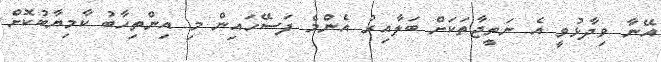
އޭނާ ވިދާޅުވީ އެ ނަތީޖާތަކަށް ބަލާއިރު އެންމެ ފަސޭހައިން މި އިންތިހާބު ކާމިޔާބުކޮށް